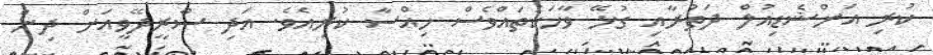
ކުރި އަންޝެޑިއުލް ދަތުރާއި ގުޅޭ ވާހަކަތައްވެސް ހިއްސާ ކުރިއެވެ. އަދި ސްރީދޭވީއަށް ދިން